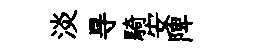
淡㝵騎安陴